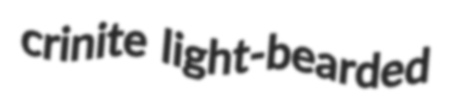
crinite light-bearded